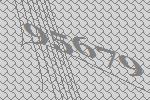
95679